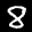
Label: 8